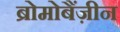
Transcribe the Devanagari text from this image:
ब्रोमोबैंज़ीन